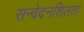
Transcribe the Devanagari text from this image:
सन्वेदनशिलता